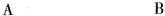
A B